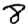
Digit: 8